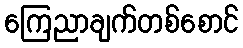
ကြေညာချက်တစ်စောင်